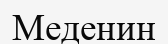
Меденин